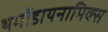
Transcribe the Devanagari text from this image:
थर्मोडायनामिक्‍स